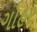
ગોહર